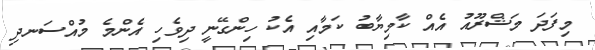
މިފަދަ މަޝްރޫއު އެއް ކާމިޔާބު ކަމާއި އެކު ހިންގޭނީ ދިވެހި އެންމެ މުއްސަނދި